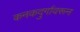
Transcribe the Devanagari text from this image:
कनकदुर्गावरून